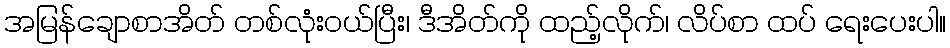
အမြန်ချောစာအိတ် တစ်လုံးဝယ်ပြီး၊ ဒီအိတ်ကို ထည့်လိုက်၊ လိပ်စာ ထပ် ရေးပေးပါ။